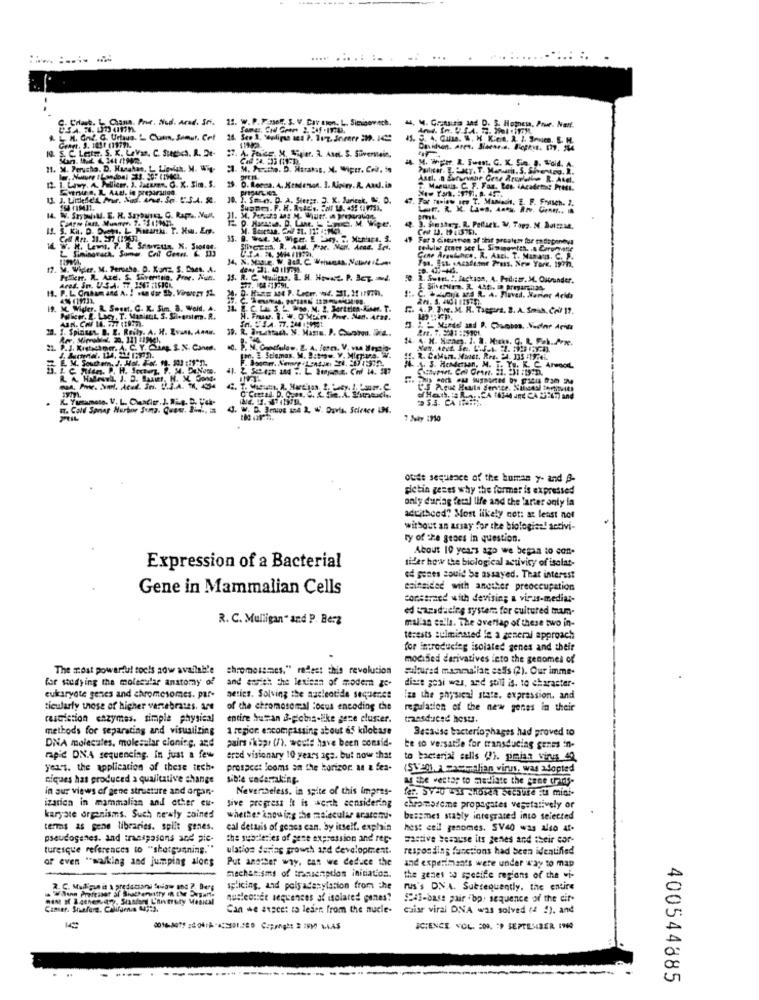
...
:.
C. Crlagt. L. Can. Pre. Nud. Arad. Inf. 12. w. P.F msof. S. V. Cav tien. L. Simicovech.
. M. Conssia and D. S. Homesa, Pour. Nail.
M. Col. C. Urtaus. L Cumm. Senur. Cet
10. S. C. Letm. S. X. Lavan, C. Suchs. R. De-
Graer. 3. 108 : (1979).
27. A. 70 CE, M, Siger. 3. Anel. S. Süvernein.
11942.
M. Wyw. R. Suest. G. K. Sin. . Fold. A.
11. M. Perusha. D. Hasahoe, L. Lowhat, M. Win-
21. M. Praha. D. Herak.s. M. Wiper. Col. to
12. 1. Lawy. A. Pellicer, J. Jacuen. G. X. Sim. S.
Astl. n Saturvane Cese Arupalle R. Atel.
. IL Aan. lo preparaliga.
25. O.Reesa. A. Kendesson. 3. Aipiry. R. AMJ. in
. Manudis. C. F. Far. Les HAcadet: PreI.
47. For toview sen T. Manisch. E. F. Eraseh. 2.
If. S. Ki. D. Det, L Pitanki. T. Hw. Em.
nC. M. Wipe.
For s Cienton af Elrat proalghe for to doponova
Fon. Est. sAcafemme Prus. New York, 1972.
Gine Arastchce, R. Axel. T. Manaus. C. P.
B. C.2.
17.
M. Wigler, M. Pereta. D. Kunz, S. Daes. A.
Arad. Sr. U.S.A. 77, 1507 :1FICK
15. R. C. Nullis. L. H. HINKL. P. IT. M.
2. Some. !. Jackson, A. Padlizar. M. Outrander.
19. M. Viper. R. Soon, G. K. Sim, 8. Wold. A.
G. A.P. J.m. M. R. Tappers. B. A. Smih. Cri 17.
Mikor. 2. Lacz T. Manint, S. Shearsim. R.
H. Fruu. 1. W. OMoin. Pre. Nan. Atal.
21. 1. Spinnen. B. E. Roily. A. H. Evans, Anaw.
Lon- 2. Selomas. M. 2:tow. V. Mirpura. W.
2. CaMars. Most. Res- 24. 335 -1974L.
RAHMAIL J. S. BAMI, H. M.
L Sont.
4. T. Minutin A. Matias 2. Czy. I'mm. C.
K. Yusamoss. V. L. Cadier.J. Ri.e. D. Tek-
H. Cold Sonar Harbor Sund. Quan. Eine -,
4. W. D. 3miog 154 2, W. Davis, Science IN.
7 %iy :910
ouide sequence of the human y- and B-
pietin gezes why the former is expressed
only during fetal life and the larter only fa
accitheed" Most likely not: at least not
without an arsay for the biologiae! activi-
ry of the geocs in question.
About 10 years ago we began to con-
sider how the biological activity of isolat-
Expression of a Bacterial
ed genes could be assayed. That interest
Gene in Mammalian Cells
cainsided with another preoccupation
concerned with devising a virus-medias-
ed canadaeine system for cultured mam-
R. C. Mulligan" and P. Berg
mallan salla. The overlap of these two in-
terests culminated le a general approach
for introducing isolated genes and their
mocised derivatives leto the genomes of
The most powerful tocis aow available
chromosomes," reflect chis revolution
Flured manmallar eadfs (2). Our imme-
for studying the molecular anatomy of
and ansich the lexican of modem ge.
disse gosi was, and soll is. to character-
eukaryote genes and chromosomes. par-
aetics. Solving the ascleotide sequence
iza the physical state. expression, and
ticularty those of higher vertebrates. are
of the chromosomal focus encoding the
regulation of the new genes in their
restriction enzymes. simple physical entire busan B-poins-like gere cluster.
tresduced hest.
methods for separating and visualizing
1 region encompassing about 65 kilotase
Because bacteriophages had proved to
pairs ikapr (/). would have been consid-
DNA molecules, molesalar cloning, and
be so versatile for transducing genes in-
rapid DNA sequencing. In just a few
ered visionary 10 years aga. but now that
to bacterial celis (7). pmian virus 49
yers. the application of these tech.
prospect looms on the horizon. at & fea-
(SVant, A Pattoalian virus, was adopted
Giques has produced a qualitative change
sible undertaking.
af the vector to mediate the cene crinas-
in our views of gene structure and orpan-
Nevertheless, in spite of this impres-
fee syeo vil chowa because its mini-
ization in mammalian and other eu-
sive progress It is worth considering
chromosome propagates vegetatively or
karyate organisms. Such newly shined
whether knowing the molecular acaremi.
bezemes stably integrated into selected
terms as gene libraries. split genes.
cal detsais of genes ean. by itself. explain
hest ceil genomes. SV40 was also af.
pseudogenes. and traspasons and pie-
the subtleties of gene expression and rec
Factive because its genes and their cor-
turesque references to "shotgunning."
ulation dering growth and development.
responding functions had been identified
or even "walking and juimping alons Put another way. can we deduce the
Put another way. can we deduce the
and experiments were under way to map
mechanisms of inasenption initiation.
the genes wo specifie regions of the vi-
splicing, and polyadanylation from the
rus's DNA. Subsequently, the entire
nucleotide sequences al isolated genes?
$243-base pair "bp. sequence of the cif-
Camer. Shaford, Califgmis Aupi).
Can we atzeet ta leder. from the nucle-
cuiar viral ONA was solved ( !). and
SCIENCE VOL. ED9. ") SEPTEMBER 19
400544885